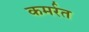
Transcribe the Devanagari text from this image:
कमर्रत